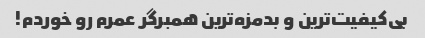
بی‌کیفیت‌ترین و بدمزه‌ترین همبرگر عمرم رو خوردم!